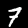
Label: 7